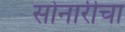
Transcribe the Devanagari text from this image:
सोनारीचा